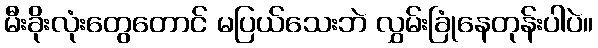
မီးခိုးလုံးတွေတောင် မပြယ်သေးဘဲ လွှမ်းခြုံနေတုန်းပါပဲ။